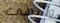
وانتهى